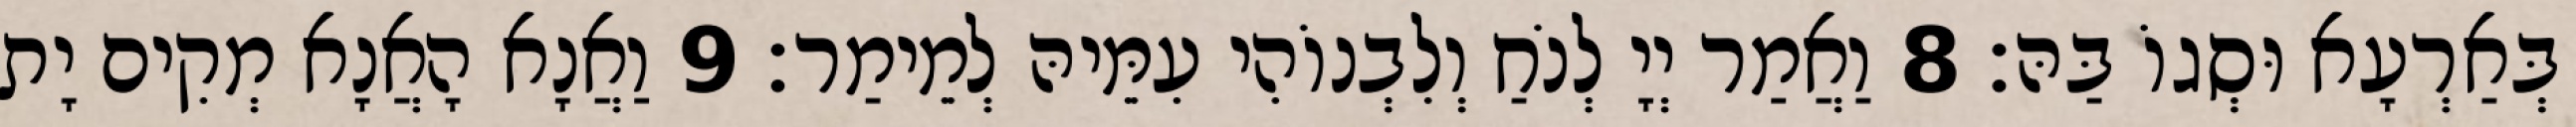
בְּאַרְעָא וּסְגוֹ בַּהּ׃ 8 וַאֲמַר יְיָ לְנֹחַ וְלִבְנוֹהִי עִמֵּיהּ לְמֵימַר׃ 9 וַאֲנָא הָאֲנָא מְקִים יָת